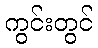
ကွင်းတွင်